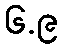
၆.၉